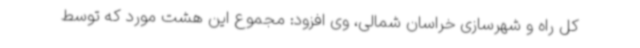
کل راه و شهرسازی خراسان شمالی، وی افزود: مجموع این هشت مورد که توسط